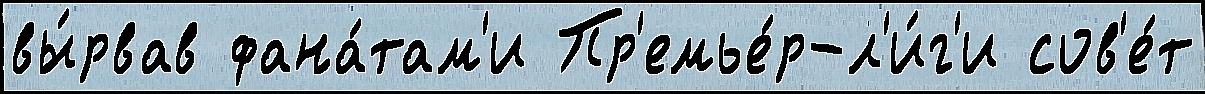
вы́рвав фана́там'и Пр'емье́р-л'и́г'и сов'е́т